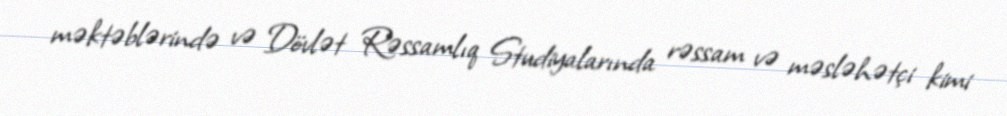
məktəblərində və Dövlət Rəssamlıq Studiyalarında rəssam və məsləhətçi kimi